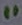
Text: 11